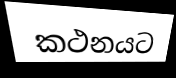
කථනයට